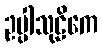
ဥပ္ပါသုဠိကေ